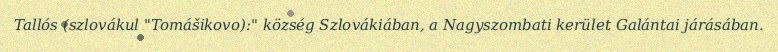
Tallós (szlovákul "Tomášikovo):" község Szlovákiában, a Nagyszombati kerület Galántai járásában.